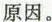
原因。